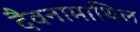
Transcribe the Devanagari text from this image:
दैवनामाथिल